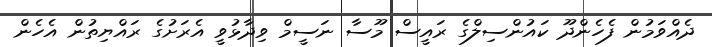
ދެއްވަމުން ފެހެންދޫ ކައުންސިލްގެ ރައީސް މޫސާ ނަސީމް ވިދާޅުވީ އެރަށުގެ ރައްޔިތުން އެހެން